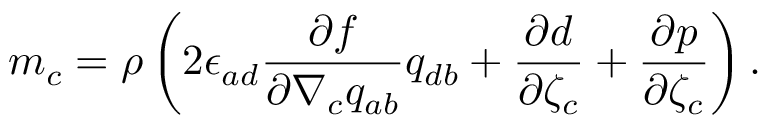
m _ { c } = \rho \left( 2 \epsilon _ { a d } \frac { \partial f } { \partial \nabla _ { c } q _ { a b } } q _ { d b } + \frac { \partial d } { \partial \zeta _ { c } } + \frac { \partial p } { \partial \zeta _ { c } } \right) .